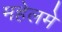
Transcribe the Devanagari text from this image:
महेलमे